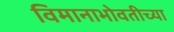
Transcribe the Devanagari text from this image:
विमानाभोवतीच्या